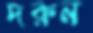
দরুন